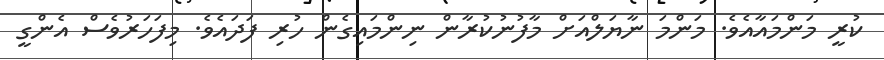
ކުރީ މަންމައާއެވެ. މަންމަ ނާޔަލްއަށް މާފުނުކުރާން ނިންމައިގެން ހުރި ފަދައެވެ. މިފަހަރުވެސް އެންގީ